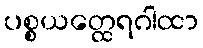
ပစ္စယတ္ထေရဂါထာ